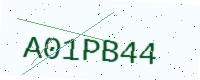
Text: A01PB44